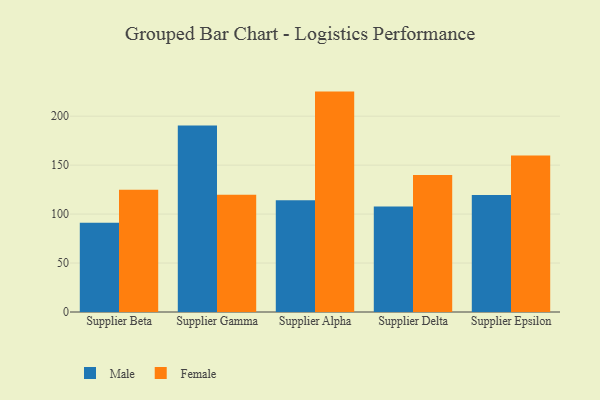
{"axis": {"x": "Supplier", "y": "Latency (ms)"}, "legend": ["Female", "Male"], "data": [{"x": "Supplier Beta", "y": 91.1, "type": "Male"}, {"x": "Supplier Beta", "y": 124.9, "type": "Female"}, {"x": "Supplier Gamma", "y": 190.5, "type": "Male"}, {"x": "Supplier Gamma", "y": 119.7, "type": "Female"}, {"x": "Supplier Alpha", "y": 114.1, "type": "Male"}, {"x": "Supplier Alpha", "y": 225.1, "type": "Female"}, {"x": "Supplier Delta", "y": 107.8, "type": "Male"}, {"x": "Supplier Delta", "y": 140.0, "type": "Female"}, {"x": "Supplier Epsilon", "y": 119.4, "type": "Male"}, {"x": "Supplier Epsilon", "y": 159.9, "type": "Female"}]}